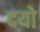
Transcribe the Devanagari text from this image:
दयो